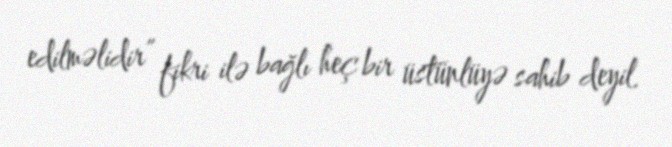
edilməlidir” fikri ilə bağlı heç bir üstünlüyə sahib deyil.